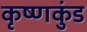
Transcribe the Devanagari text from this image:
कृष्णकुंड